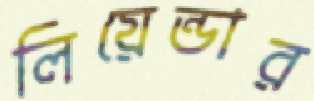
লিয়েন্ডার